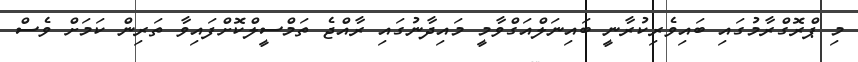
މި ޕްރޮގްރާމުގައި ބައިވެރިކުރާނީ ބައިނަލްއަގްވާމީ މައިދާނުގައި ރާއްޖެ ތަމްސީލްކޮށްފައިވާ ތަރިން ކަމަށް ވެސް